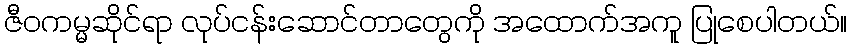
ဇီဝကမ္မဆိုင်ရာ လုပ်ငန်းဆောင်တာတွေကို အထောက်အကူ ပြုစေပါတယ်။